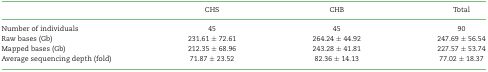
|  | CHS | CHB | Total |
 | --- | --- | --- | --- |
 | Number of individuals | 45 | 45 | 90 |
 | Raw bases (Gb) | 231.61 ± 72.61 | 264.24 ± 44.92 | 247.69 ± 56.54 |
 | Mapped bases (Gb) | 212.35 ± 68.96 | 243.28 ± 41.81 | 227.57 ± 53.74 |
 | Average sequencing depth (fold) | 71.87 ± 23.52 | 82.36 ± 14.13 | 77.02 ± 18.37 |